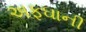
અફઘાની